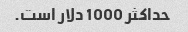
حداکثر 1000 دلار است.